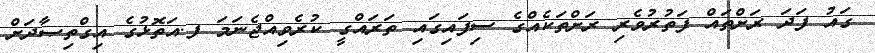
ގައު ފަދަ ރަށްތައް ފަތުރުވެރި ރަށްތަކެއްގެ ސިފައިގައި ތަރައްގީ ކުރެވިއްޖެނަމަ ފ.އަތޮޅުގެ އިގްތިޞާދަށް